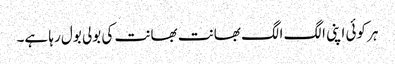
ہر کوئی اپنی الگ الگ بھانت بھانت کی بولی بول رہا ہے۔